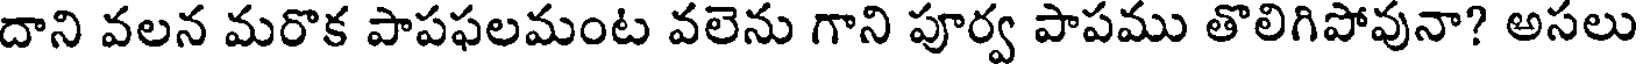
దాని వలన మరొక పాపఫలమంట వలెను గాని పూర్వ పాపము తొలిగిపోవునా? అసలు